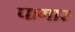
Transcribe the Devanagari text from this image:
पागार